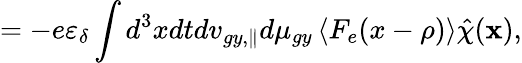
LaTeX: =-e\varepsilon_{\delta}\int d^{3}xdtdv_{gy,\parallel}d\mu_{gy}\left\langle F_{e}(x-\rho)\right\rangle\hat{\chi}(\textbf{x}),